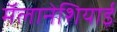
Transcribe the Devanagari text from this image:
मॅलानेशियाई